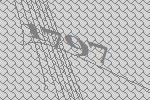
1797